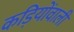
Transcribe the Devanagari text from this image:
कड़ियोंवाली